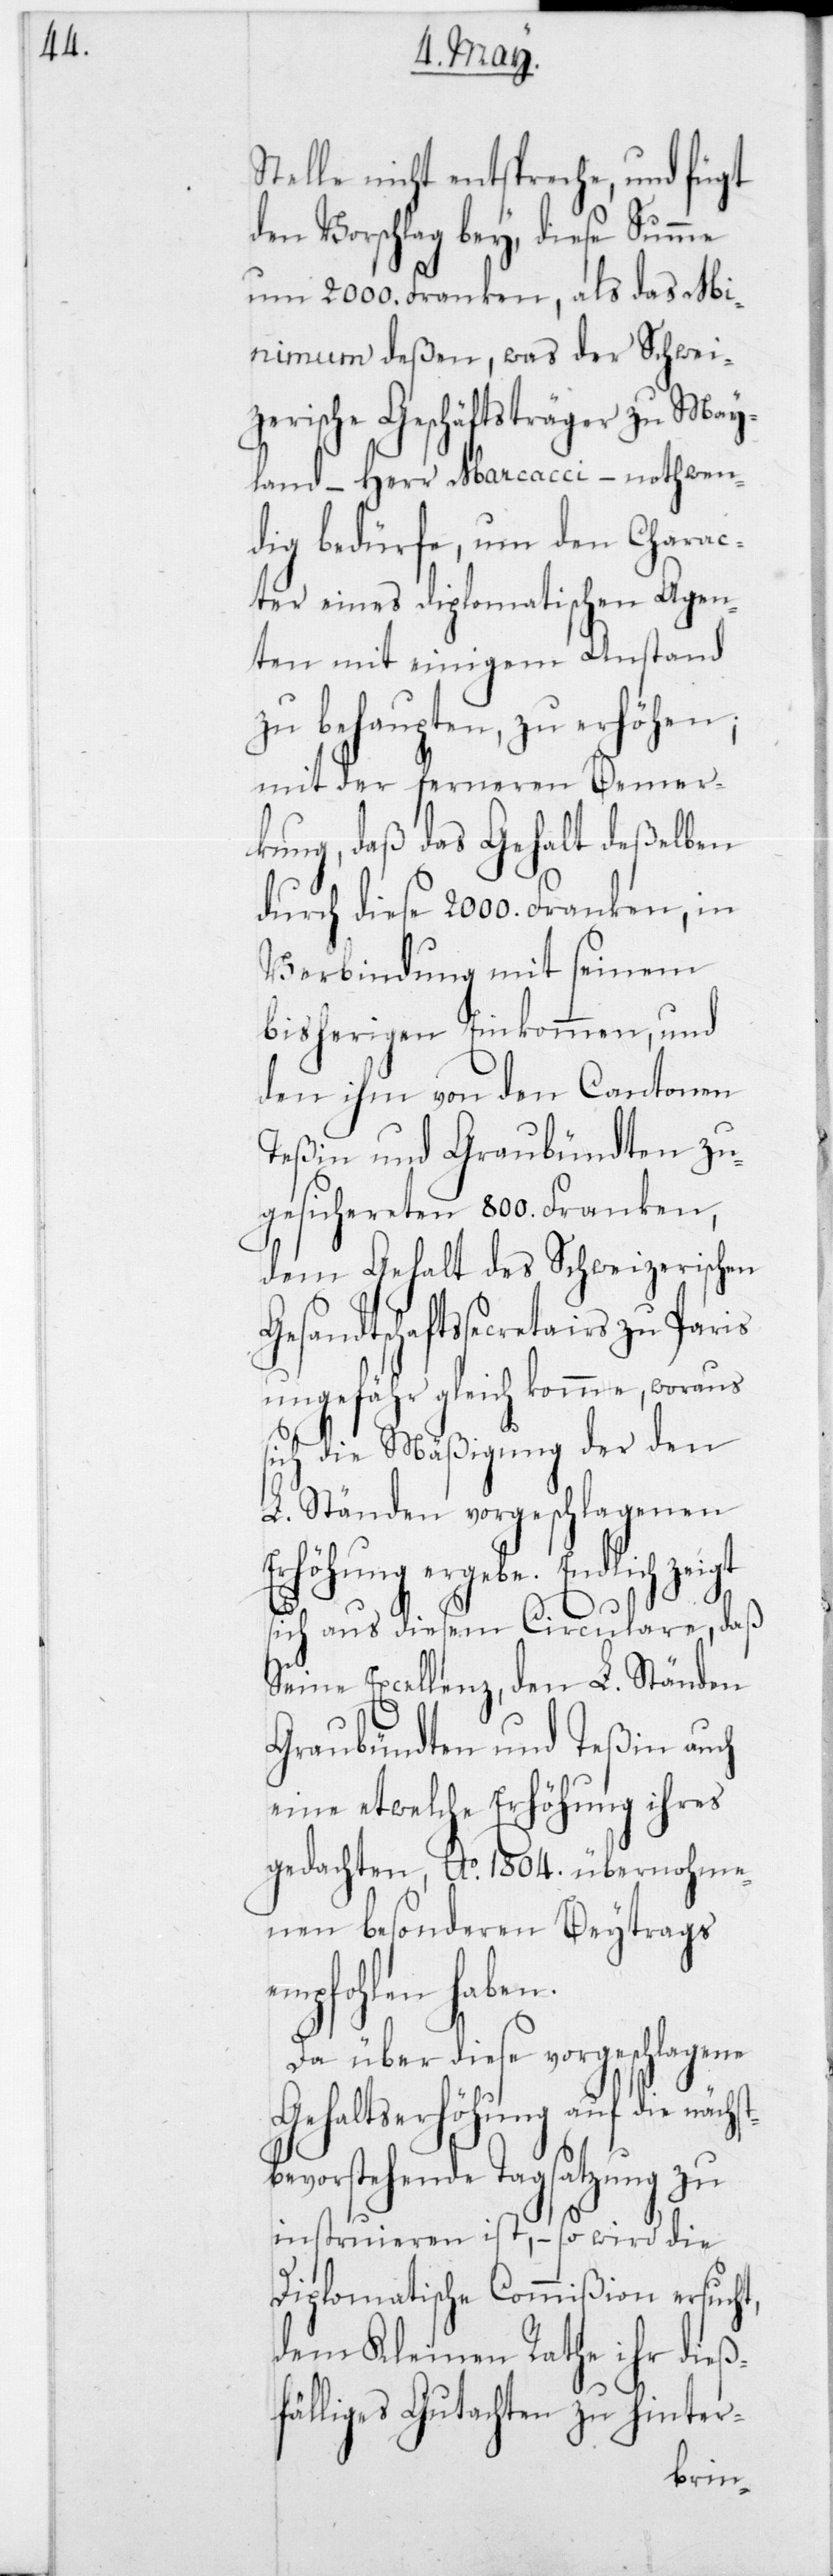
st¬

Stelle nicht entspreche, und fügt
den Vorschlag bey, diese Summe
um 2000 Franken, als das Mi¬
nimum deßen, was der Schwei¬
zerische Geschäftsträger zu May¬
land, – Herr Marcacci – nothwen¬
dig bedürfe, um den Charac¬
ter eines diplomatischen Agen¬
ten mit einigem Anstand
zu behaupten, zu erhöhen;
mit der ferneren Bemer¬
kung, daß das Gehalt deßelben
durch diese 2000 Franken, in
Verbindung mit seinem
bisherigen Einkommen, und
den ihm von den Cantonen
Teßin und Graubündten zu¬
gesichereten 800 Franken,
dem Gehalt des Schweizerischen
Gesandtschaftssecretairs
ungefähr gleich komme, woraus
sich die Mäßigung der den
L. Ständen vorgeschlagenen
Erhöhung ergebe. Endlich
sich aus diesem Circulare, daß
Seine Excellenz, den L. Ständen
Graubündten und Teßin auch
eine etwelche Erhöhung ihres
gedachten, Ao 1804 übernomme¬
nen besonderen Beytrags
empfohlen haben.
Da über diese vorgeschlagene
Gehaltserhöhung auf die näch¬
bevorstehende Tagsatzung zu
instruieren ist, – so wird die
Diplomatische Commißion ersucht,
dem Kleinen Rathe ihr dieß¬
fälliges Gutachten zu hinter-